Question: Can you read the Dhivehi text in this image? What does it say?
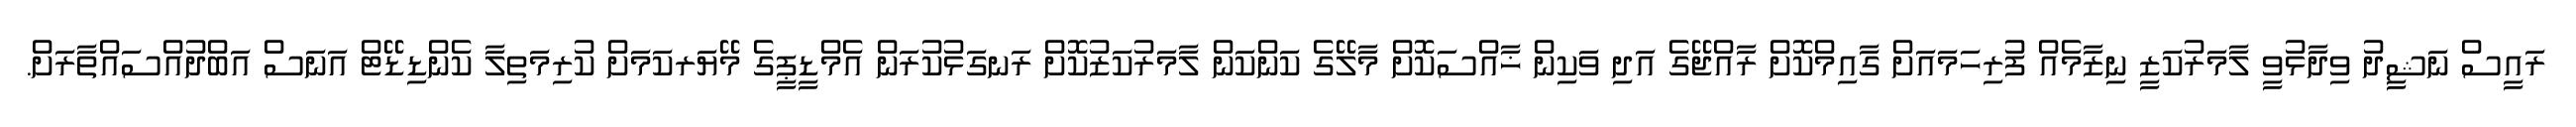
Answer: ރައީސް ނަޝީދު ވިދާޅުވީ ލާމަރުކަޒީ ނިޒާމެއް ފުރިހަމައަށް ގާއިމްކޮށް ރާއްޖޭގެ އަދި ވަކިން ޚާއްސަކޮށް މާލޭގެ ކަންކަން ލާމަރުކަޒުކޮށް ރަނގަޅުކުރަން އެމްޑީޕީގެ މޭޔަރކަމަށް ކުރިމަތިލާ ކެންޑިޑޭޓް އަނަސް އަބްދުއްސައްތާރަށް.